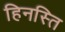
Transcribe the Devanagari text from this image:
हिनस्ति